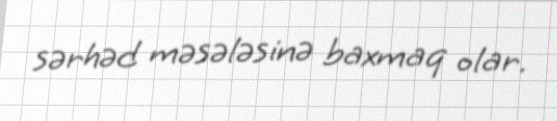
sərhəd məsələsinə baxmaq olar.